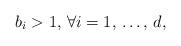
LaTeX: \begin{align*}b_{i}>1,\thinspace \forall i=1,\thinspace \mathellipsis ,\thinspace d,\end{align*}